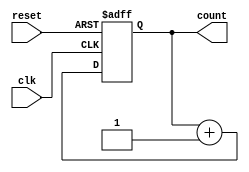
`timescale 1ns / 1ps
//////////////////////////////////////////////////////////////////////////////////
// Company: 
// Engineer: 
// 
// Design Name: 
// Module Name: mod_16
// Project Name: 
// Target Devices: 
// Tool Versions: 
// Description: 
// 
// Dependencies: 
// 
// Revision:
// Revision 0.01 - File Created
// Additional Comments:
// 
//////////////////////////////////////////////////////////////////////////////////


module mod_16(
    input clk,
    input reset,
    output reg [3:0] count
    );
    always @ (posedge clk or posedge reset) begin
        if(reset)
            count= 0;
        else
            count =count+1;
    end
endmodule